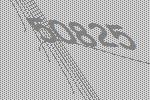
50825